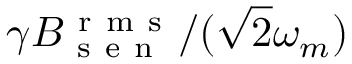
\gamma B _ { \mathrm { ~ s ~ e ~ n ~ } } ^ { \mathrm { ~ r ~ m ~ s ~ } } / ( \sqrt { 2 } \omega _ { m } )